King Institute of Preventive Medicine Micro-Biological Section reports 1912-19
Year: 1912
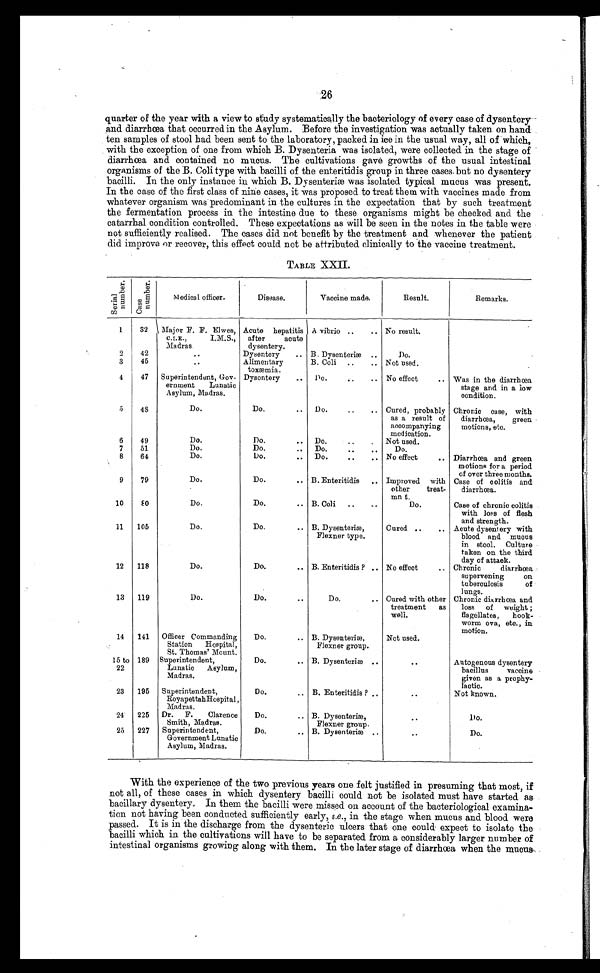
26
quarter of the year with a view to study systematically the bacteriology of every case of dysentery
and diarrhœa that occurred in the Asylum. Before the investigation was actually taken on hand
ten samples of stool had been sent to the laboratory, packed in ice in the usual way, all of which,
with the exception of one from which B. Dysenteria was isolated, were collected in the stage of
diarrhœa and contained no mucus. The cultivations gave growths of the usual intestinal
organisms of the B. Coli type with bacilli of the enteritidis group in three cases but no dysentery
bacilli. In the only instance in which B. Dysenteriæ was isolated typical mucus was present.
In the case of the first class of nine cases, it was proposed to treat them with vaccines made from
whatever organism was predominant in the cultures in the expectation that by such treatment
the fermentation process in the intestine due to these organisms might be checked and the
catarrhal condition controlled. These expectations as will be seen in the notes in the table were
not sufficiently realised. The cases did not benefit by the treatment and whenever the patient
did improve or recover, this effect could not be attributed clinically to the vaccine treatment.
TABLE XXII.
S e r i a l n u m b e r .
C a s e n u m b e r .
Medical officer.
Disease.
Vaccine made.
Result.
Remarks.
1
32
Major F. F. Elwes,
C.I.E., I.M.S.,
M a d r a s .
Acute hepatitis
after acute
dysentery.
A vibrio . . .
No result.
2
42
. . .
Dysentery . . .
B. Dysenteriæ . . .
Do.
3
45
. . .
Alimentary
toxæmia.
B. Coli . . .
Not used.
4
47
Superintendent, Gov-
ernment Lunatic
Asylum, Madras.
Dysentery . . .
Do. . . .
No effect . . .
Was in the diarrhœa
stage and in a low
condition.
5
48
Do.
Do. . . .
Do. . . .
Cured, probably
as a result of
accompanying
medication.
Chronic case, with
diarrhœa, green
motions, etc.
6
49
Do.
Do. . . .
Do. . . .
Not used.
7
51
Do.
Do. . . .
Do. . . .
Do.
8
64
Do.
Do. . . .
Do. . . .
No effect . . .
Diarrhœa and green
motions for a period
of over three months.
9
79
Do.
Do. . . . B. Enteritidis . . .
Improved with
other treat-
ment.
Case of colitis and
diarrhœa.
10
8 0
Do.
Do. . . .
B. Coli . . .
Do.
Case of chronic colitis
with loss of flesh
and strength.
11
105
Do.
Do. . . .
B. Dysenteriæ,
Flexner type.
Cured . . .
Acute dysentery with
blood and mucus
in stool. Culture
taken on the third
day of attack.
12
118
Do.
Do. . . .
B. Enteritidis? . . .
No effect . . .
Chronic diarrhœa
supervening on
tuberculosis of
lungs.
13
119
Do.
Do. . . .
Do. . . .
Cured with other
treatment as
well.
Chronic diarrhœa and
loss of weight;
flagellates, hook
-
worm ova, etc., in
motion.
14
141
Officer Commanding
Station Hospital,
St. Thomas' Mount.
Do. . . .
B. Dysenteriæ,
Flexner group.
Not used.
15 to
22
189
Superintendent,
Lunatic Asylum,
Madras.
Do.
. . . B. Dysenteriæ . . .
. . .
Autogenous dysentery
bacillus vaccine
given as a prophy
-
lactic.
23
195
Superintendent,
Royapettah Hospital,
Madras.
Do. . . .
B. Enteritidis? . . .
. . .
Not known.
24
225
Dr. F. Clarence
Smith, Madras.
Do. . . . B. Dysenteriæ,
Flexner group.
. . .
Do.
25
227
Superintendent,
Government Lunatic
Asylum, Madras.
Do. . . .
B. Dysenteriæ . . .
. . .
Do.
With the experience of the two previous years one felt justified in presuming that most, if
not all, of these cases in which dysentery bacilli could not be isolated must have started as
bacillary dysentery, In them the bacilli were missed on account of the bacteriological examina
- t i o n n o t h a v i n g b e e n c o n d u c t e d s u f f i c i e n t l y e a r l y ,i
. e
. , i n t h e s t a g e w h e n m u c u s a n d b l o o d w e r e
passed. It is in the discharge from the dysenteric ulcers that one could. expect to isolate the
bacilli which in the cultivations will have to be separated from a considerably larger number of
intestinal organisms growing along with them. In the later stage of diarrhœa when the mucus